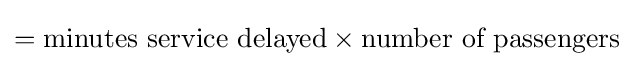
={\text{minutes service delayed}}\times {\text{number of passengers}}